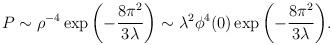
LaTeX: \begin{align*}P \sim \rho^{-4} \exp {\left(-{8\pi^2\over 3\lambda}\right)} \sim \lambda^2\phi^4(0) \exp {\left(-{8\pi^2\over 3\lambda}\right)} .\end{align*}